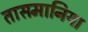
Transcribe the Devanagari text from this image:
तासमानिया